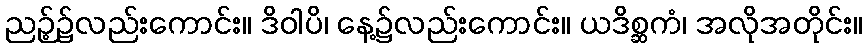
ညဉ့်၌လည်းကောင်း။ ဒိဝါပိ၊ နေ့၌လည်းကောင်း။ ယဒိစ္ဆကံ၊ အလိုအတိုင်း။